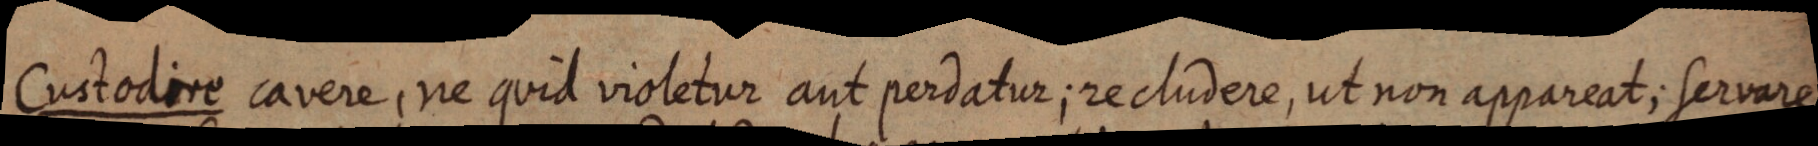
Custodire cavere, ne quid violetur aut perdatur; recludere, ut non appareat; servare